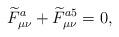
LaTeX: \begin{align*}\widetilde{F}_{\mu\nu}^{a}+\widetilde{F}_{\mu\nu}^{a5}=0,\end{align*}